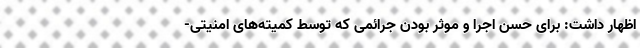
اظهار داشت: برای حسن اجرا و موثر بودن جرائمی که توسط کمیته‌های امنیتی-